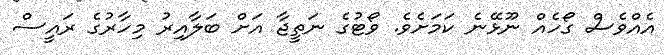
އެއްވެސް ގޯހެއް ނޫޅޭނެ ކަމަށެވެ. ވޯޓުގެ ނަތީޖާ އަށް ބަލާއިރު މިހާރުގެ ރައީސް